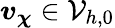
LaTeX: \boldsymbol{v}_{\boldsymbol{\chi}}\in\mathcal{V}_{h,0}